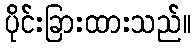
ပိုင်းခြားထားသည်။